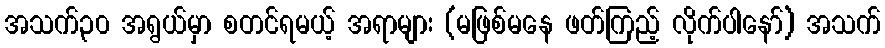
အသက်၃၀ အရွယ်မှာ စတင်ရမယ့် အရာများ (မဖြစ်မနေ ဖတ်ကြည့် လိုက်ပါနော်) အသက်